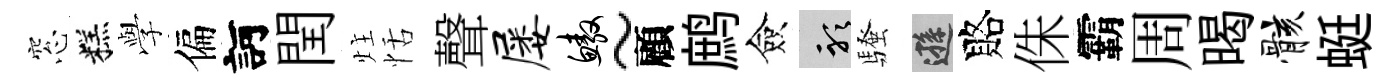
窓糕𫝯偏訶閏炷恬聲屡鳌~顧鹧僉聽騷遜賂侏霸周暍骸蜓